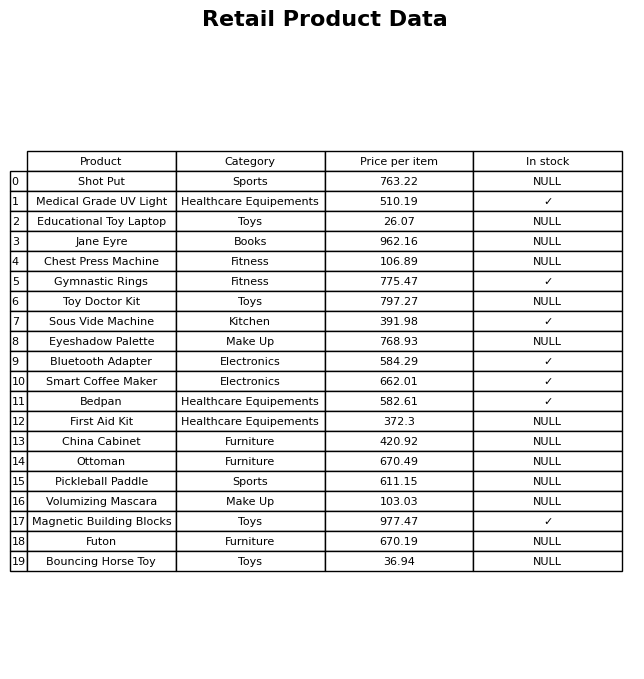
question: What category does the Bedpan belong to?
answer: Healthcare Equipements